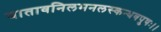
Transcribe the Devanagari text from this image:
यातावनिलमनलस्कन्धवपुषः।।